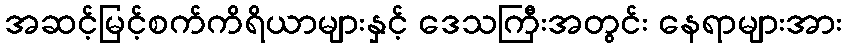
အဆင့်မြင့်စက်ကိရိယာများနှင့် ဒေသကြီးအတွင်း နေရာများအား